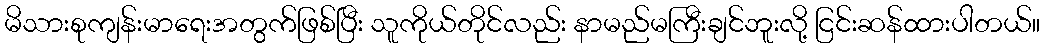
မိသားစုကျန်းမာရေးအတွက်ဖြစ်ပြီး သူကိုယ်တိုင်လည်း နာမည်မကြီးချင်ဘူးလို့ ငြင်းဆန်ထားပါတယ်။